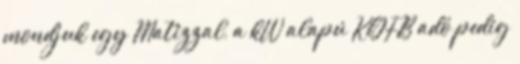
mondjuk egy Matizzal, a kW alapú KGFB adó pedig